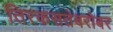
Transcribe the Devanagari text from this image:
तिरकसतेबरोबर